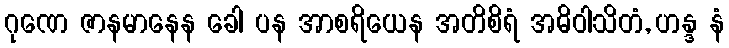
ဂုဏေ ဇာနမာနေန ခေါ ပန အာစရိယေန အတိစိရံ အဓိဝါသိတံ, ဟန္ဒ နံ